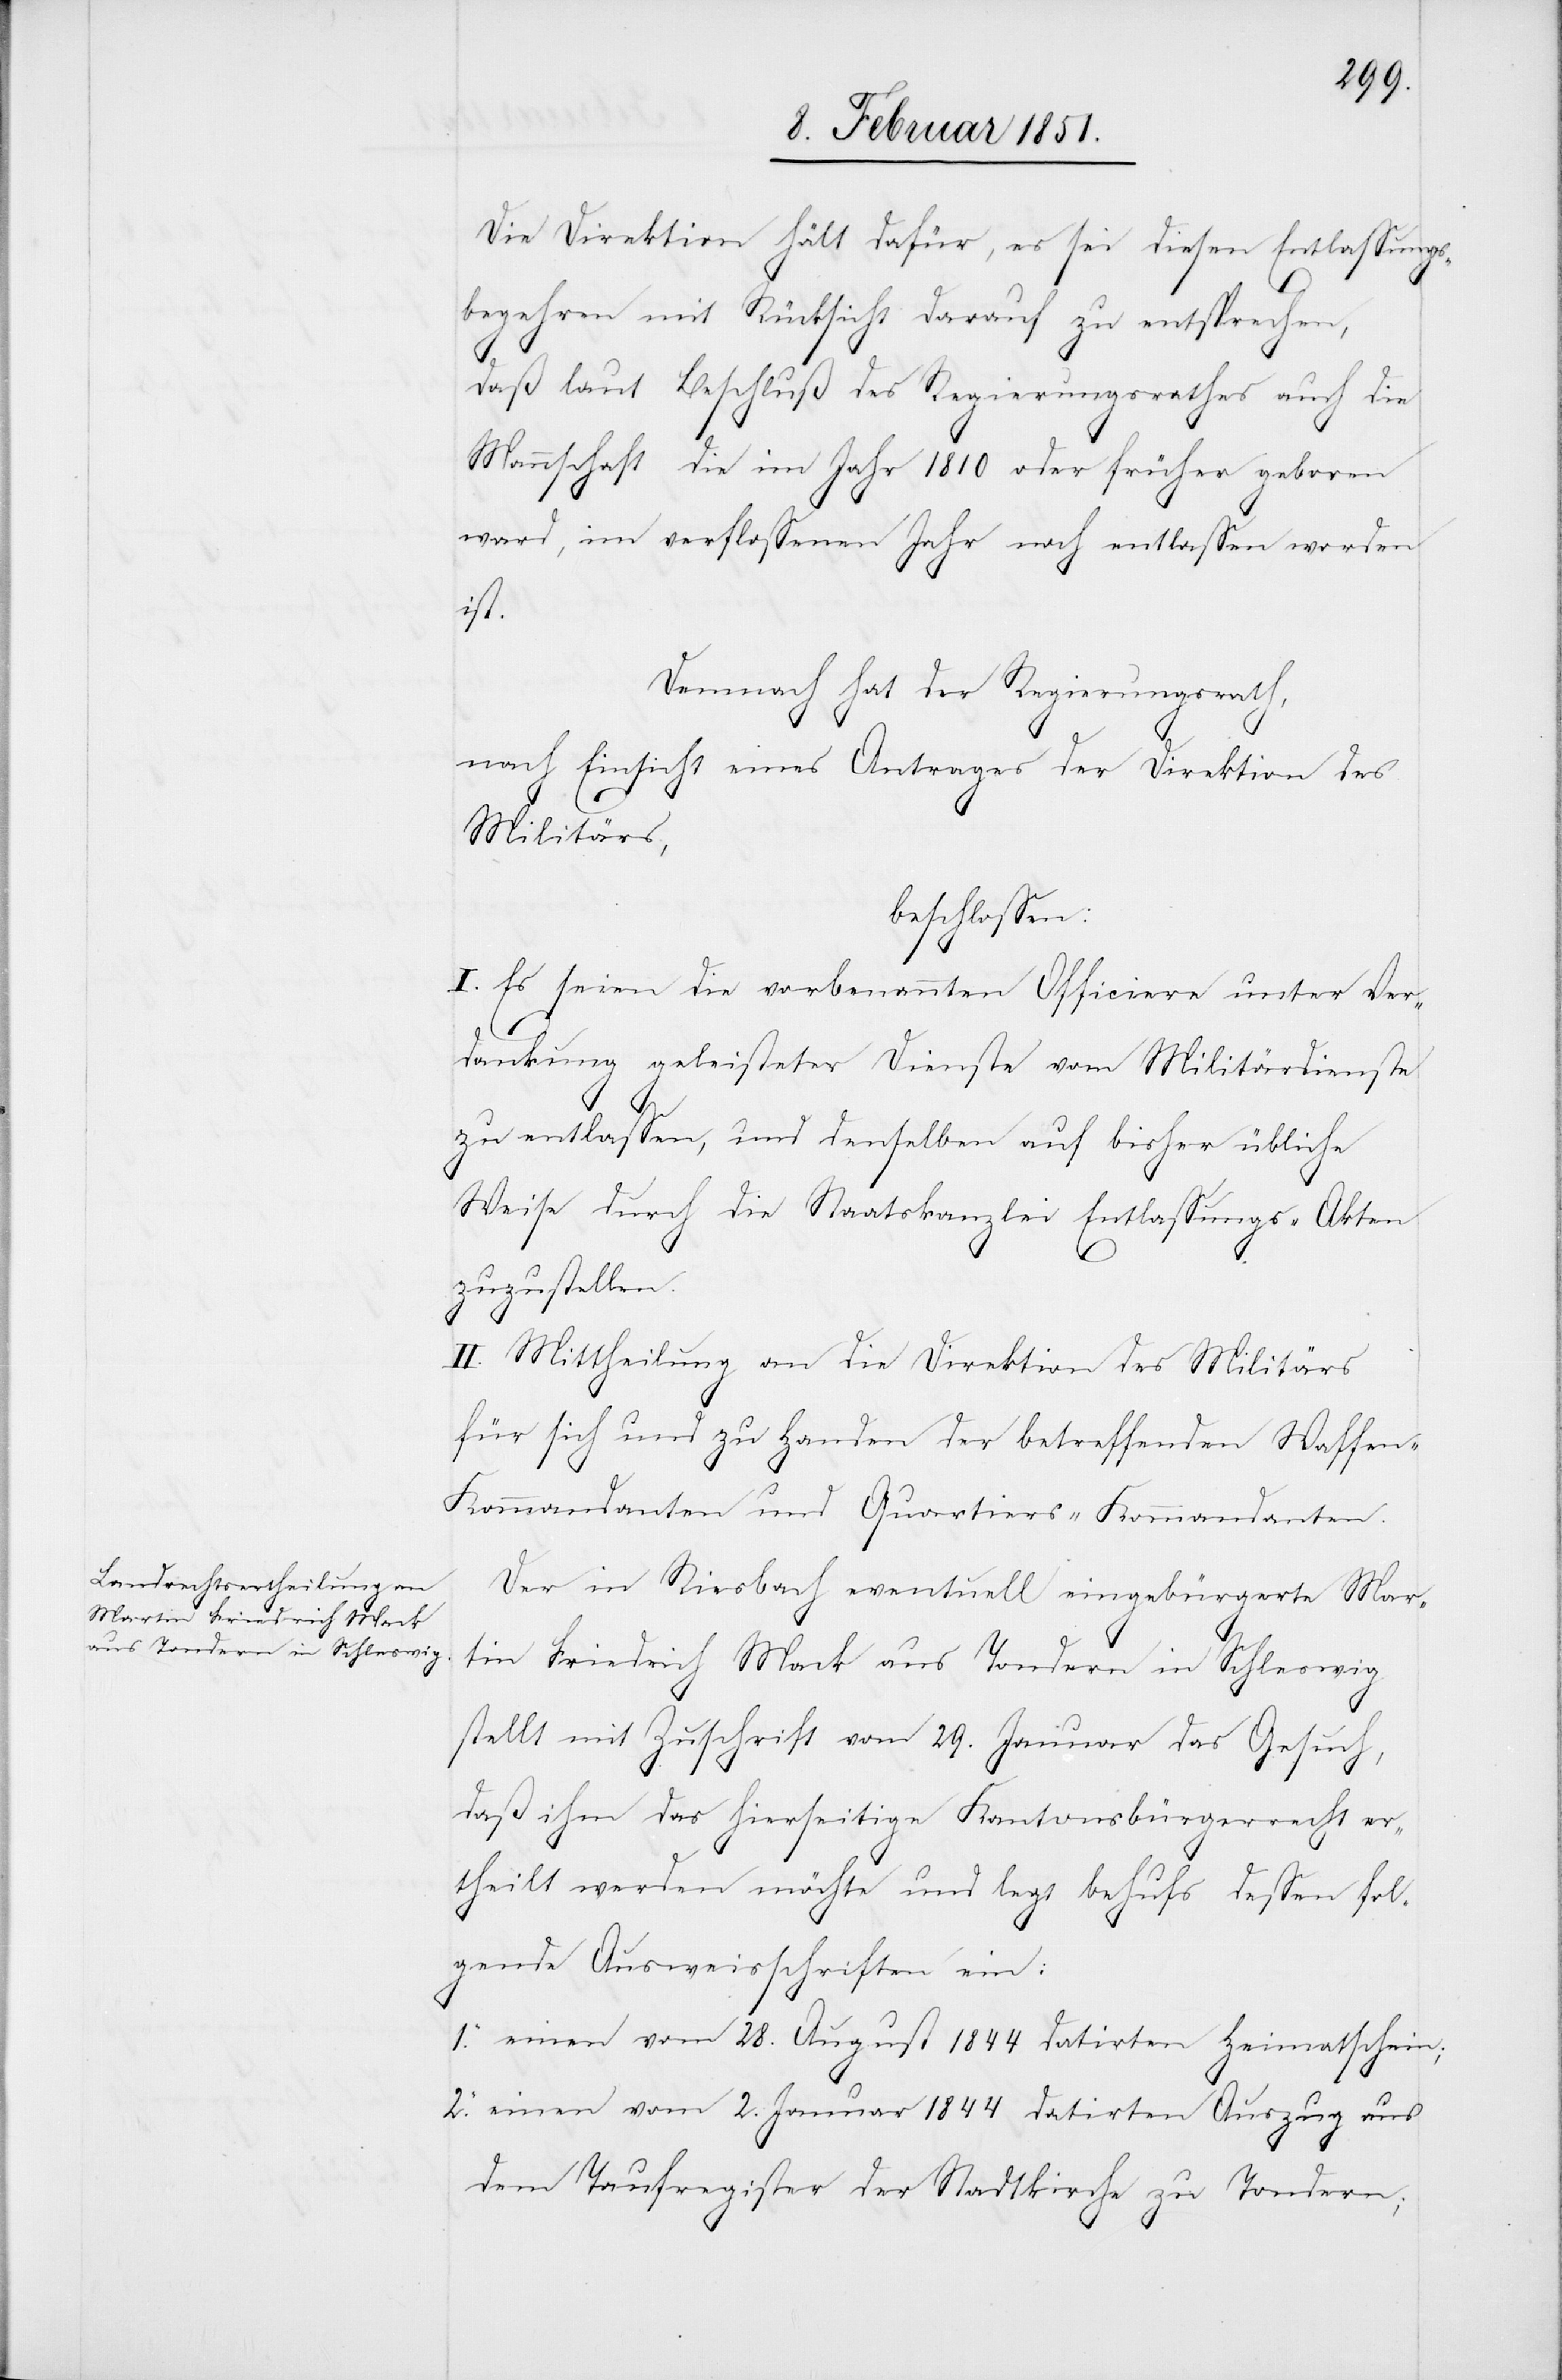
rtin Friedrich Mack
aus Tondern in Schleswig

Die Direktion hält dafür, es sei diesen Entlassungs¬
begehren mit Rücksicht darauf zu entsprechen,
daß laut Beschluß des Regierungsrathes auch die
Mannschaft die im Jahr 1810 oder früher geboren
ward, im verflossenen Jahr noch entlassen worden
ist.
Demnach hat der Regierungsrath,
nach Einsicht eines Antrages der Direktion des
Militärs,
beschlossen:
I. Es seien die vorbenannten Officiere unter Ver¬
dankung geleisteter Dienste vom Militärdienste
zu entlassen, und denselben auf bisher übliche
Weise durch die Staatskanzlei Entlassungs-Akten
zuzustellen.
II. Mittheilung an die Direktion des Militärs
für sich und zu Handen der betreffenden Waffe¬
n-Kommandanten und Quartiers-Kommandanten.
Der in Riesbach eventuell eingebürgerte Ma¬
stellt mit Zuschrift vom 29. Januar das Gesuch,
daß ihm das hierseitige Kantonsbürgerrecht er¬
theilt werden möchte und legt behufs dessen fol¬
gende Ausweisschriften ein:
einen vom 28. August 1844 datirten Heimatschein;
einen vom 2. Januar 1844 datirten Auszug aus
dem Taufregister der Stadtkirche zu Tondern;